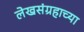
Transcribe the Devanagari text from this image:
लेखसंग्रहाच्या